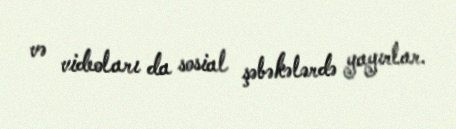
və videoları da sosial şəbəkələrdə yayırlar.